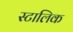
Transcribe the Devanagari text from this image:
स्टालिक